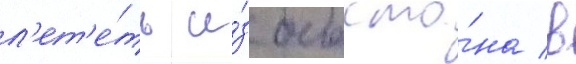
л'ет'е́ть и́з босто́на в